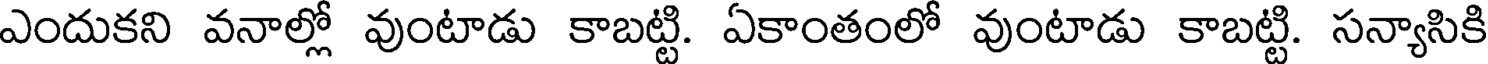
ఎందుకని వనాల్లో వుంటాడు కాబట్టి. ఏకాంతంలో వుంటాడు కాబట్టి. సన్యాసికి